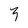
Character: 3